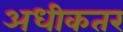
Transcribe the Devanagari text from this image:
अधीकतर